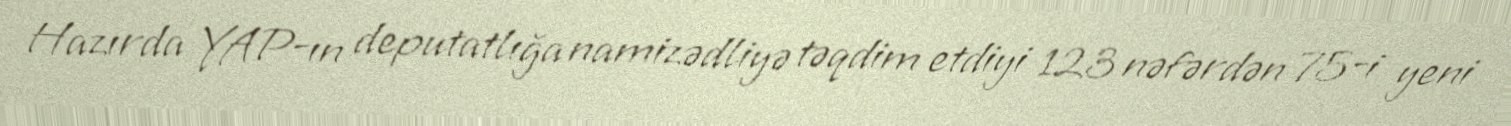
Hazırda YAP-ın deputatlığa namizədliyə təqdim etdiyi 123 nəfərdən 75-i yeni